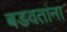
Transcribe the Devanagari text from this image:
बडवतांना